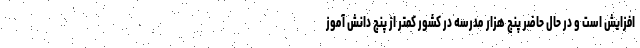
افزایش است و در حال حاضر پنج هزار مدرسه در کشور کمتر از پنج دانش آموز